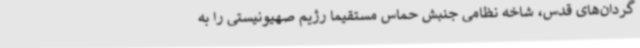
گردان‌های قدس، شاخه نظامی جنبش حماس مستقیما رژیم صهیونیستی را به